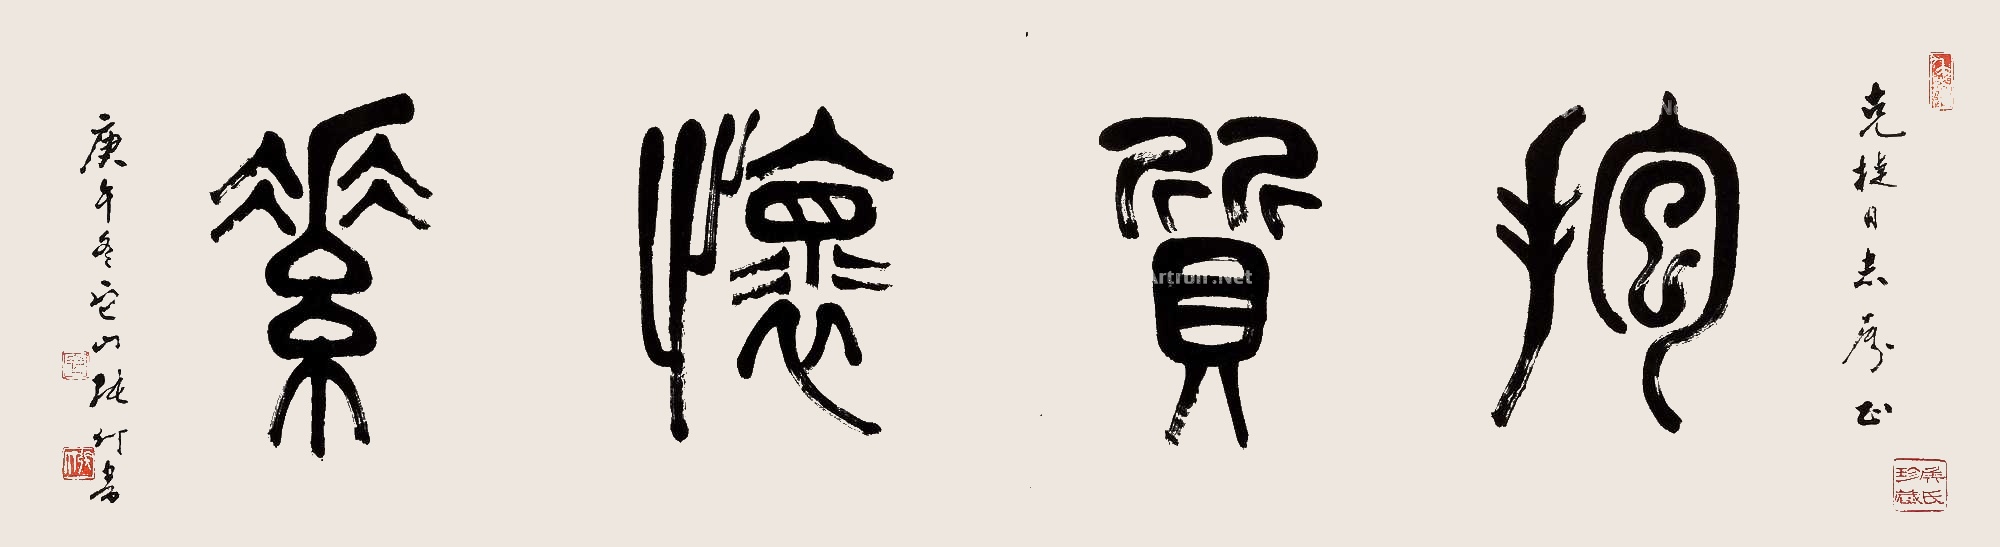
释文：抱质怀素克捷同志属正，庚午冬，它山张仃书。